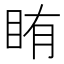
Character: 𬑐